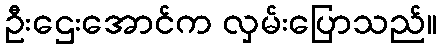
ဦးဌေးအောင်က လှမ်းပြောသည်။